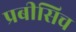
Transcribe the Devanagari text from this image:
प्रबीसिच